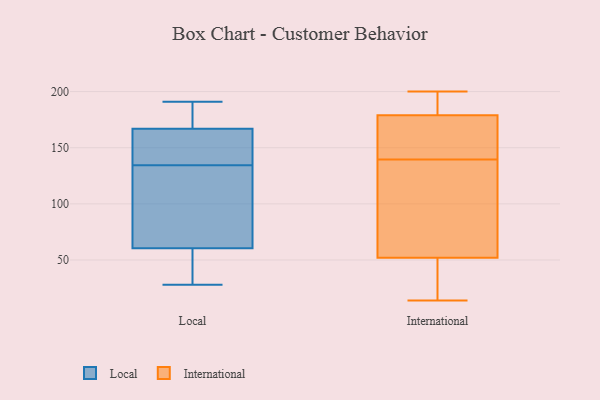
{"axis": {"x": "Energy Usage (MWh)", "y": "Value"}, "legend": ["International", "Local"], "data": [{"x": "", "y": 42, "type": "Local"}, {"x": "", "y": 122, "type": "Local"}, {"x": "", "y": 79, "type": "Local"}, {"x": "", "y": 190, "type": "Local"}, {"x": "", "y": 147, "type": "Local"}, {"x": "", "y": 112, "type": "Local"}, {"x": "", "y": 151, "type": "Local"}, {"x": "", "y": 182, "type": "Local"}, {"x": "", "y": 152, "type": "Local"}, {"x": "", "y": 28, "type": "Local"}, {"x": "", "y": 191, "type": "Local"}, {"x": "", "y": 35, "type": "Local"}, {"x": "", "y": 22, "type": "International"}, {"x": "", "y": 147, "type": "International"}, {"x": "", "y": 164, "type": "International"}, {"x": "", "y": 183, "type": "International"}, {"x": "", "y": 16, "type": "International"}, {"x": "", "y": 92, "type": "International"}, {"x": "", "y": 137, "type": "International"}, {"x": "", "y": 100, "type": "International"}, {"x": "", "y": 143, "type": "International"}, {"x": "", "y": 182, "type": "International"}, {"x": "", "y": 39, "type": "International"}, {"x": "", "y": 191, "type": "International"}, {"x": "", "y": 176, "type": "International"}, {"x": "", "y": 199, "type": "International"}, {"x": "", "y": 14, "type": "International"}, {"x": "", "y": 200, "type": "International"}, {"x": "", "y": 61, "type": "International"}, {"x": "", "y": 142, "type": "International"}, {"x": "", "y": 43, "type": "International"}, {"x": "", "y": 120, "type": "International"}]}